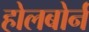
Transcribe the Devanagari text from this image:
होलबोर्न